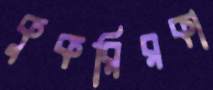
কুকরিরকা